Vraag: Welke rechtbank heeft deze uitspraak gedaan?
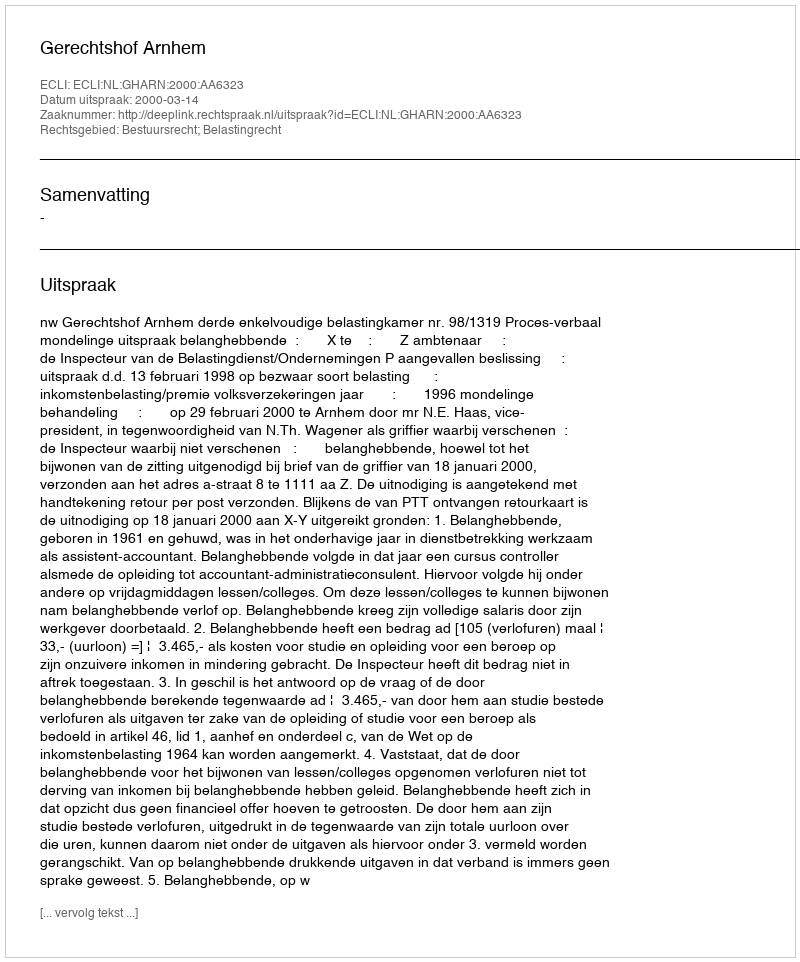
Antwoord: Gerechtshof Arnhem